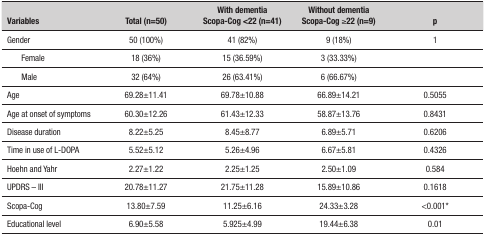
<table><thead><tr><td><b>Variables</b></td><td><b>Total (n=50)</b></td><td><b>With dementia Scopa-Cog &lt;22 (n=41)</b></td><td><b>Without dementia Scopa-Cog ≥22(n=9)</b></td><td><b>p</b></td></tr></thead><tbody><tr><td>Gender</td><td>50 (100%)</td><td>41 (82%)</td><td>9 (18%)</td><td>1</td></tr><tr><td>Female</td><td>18 (36%)</td><td>15 (36.59%)</td><td>3 (33.33%)</td><td> </td></tr><tr><td>Male</td><td>32 (64%)</td><td>26 (63.41%)</td><td>6 (66.67%)</td><td> </td></tr><tr><td> Age</td><td>69.28±11.41</td><td>69.78±10.88</td><td>66.89±14.21</td><td>0.5055</td></tr><tr><td>Age at onset of symptoms</td><td>60.30±12.26</td><td>61.43±12.33</td><td>58.87±13.76</td><td>0.8431</td></tr><tr><td>Disease duration</td><td>8.22±5.25</td><td>8.45±8.77</td><td>6.89±5.71</td><td>0.6206</td></tr><tr><td>Time in use of L-DOPA</td><td>5.52±5.12</td><td>5.26±4.96</td><td>6.67±5.81</td><td>0.4326</td></tr><tr><td>Hoehn and Yahr</td><td>2.27±1.22</td><td>2.25±1.25</td><td>2.50±1.09</td><td>0.584</td></tr><tr><td>UPDRS - III</td><td>20.78±11.27</td><td>21.75±11.28</td><td>15.89±10.86</td><td>0.1618</td></tr><tr><td>Scopa-Cog</td><td>13.80±7.59</td><td>11.25±6.16</td><td>24.33±3.28</td><td>&lt;0.001*</td></tr><tr><td>Educational level</td><td>6.90±5.58</td><td>5.925±4.99</td><td>19.44±6.38</td><td>0.01</td></tr></tbody></table>